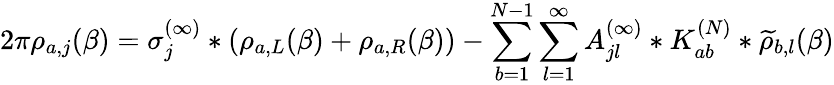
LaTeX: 2\pi{\rho}_{a,j}(\beta)=\sigma_{j}^{(\infty)}*(\rho_{a,L}(\beta)+\rho_{a,R}(\beta))-\sum_{b=1}^{N-1}\sum_{l=1}^{\infty}A_{jl}^{(\infty)}*K_{ab}^{(N)}*\widetilde\rho_{b,l}(\beta)